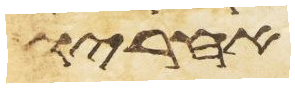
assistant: אחריו